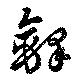
鐸